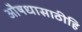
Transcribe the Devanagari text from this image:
औषधासाठीहि